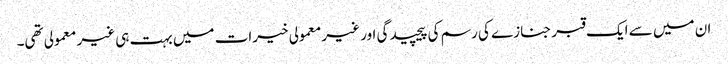
ان میں سے ایک قبر جنازے کی رسم کی پیچیدگی اور غیر معمولی خیرات میں بہت ہی غیر معمولی تھی۔